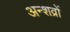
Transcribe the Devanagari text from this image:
अन्शव्रों